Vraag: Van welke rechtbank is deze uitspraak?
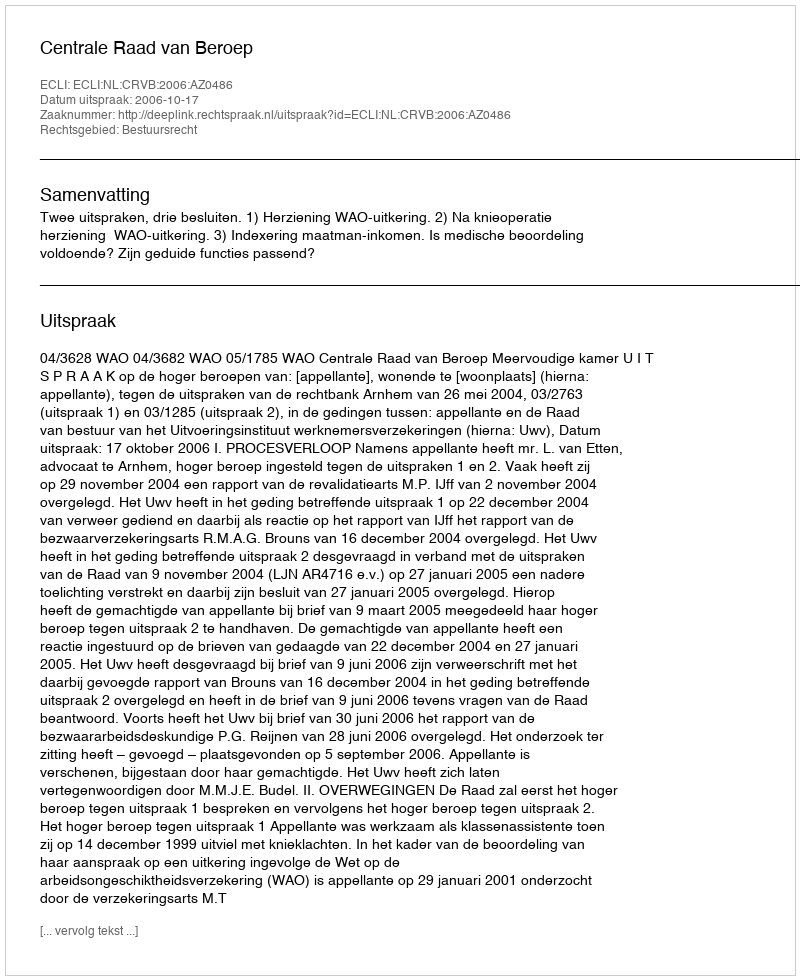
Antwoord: Centrale Raad van Beroep